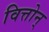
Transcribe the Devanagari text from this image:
वित्तोन्